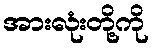
အားလုံးတို့ကို